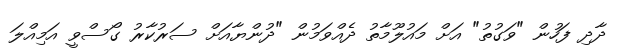
ދާދި ފަހުން "ވަގުތު" އަށް މައުލޫމާތު ދެއްވަމުން "ދުންޔާއަށް ސަރުކާރު ގޯސްވީ އަމިއްލަ